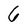
Character: 6